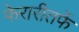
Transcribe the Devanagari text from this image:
फेरारीतर्फे